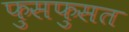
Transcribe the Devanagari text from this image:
फुसफुसत